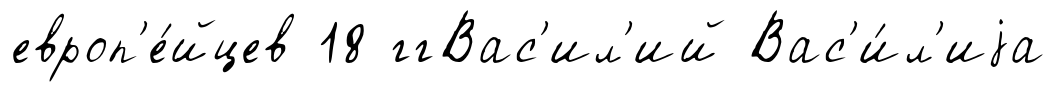
европ'е́йцев 18 ггВас'ил'ий Вас'и́л'иjа